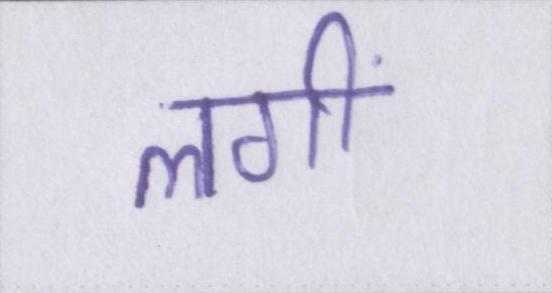
लगीं